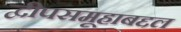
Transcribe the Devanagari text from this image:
द्वीपसमूहाबद्दल